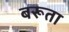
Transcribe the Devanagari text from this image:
बरूता